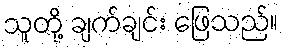
သူတို့ ချက်ချင်း ဖြေသည်။